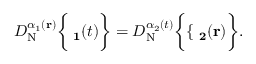
D _ { \mathrm { N } } ^ { \alpha _ { 1 } ( \bf r ) } \bigg \{ { { \bf \psi _ { 1 } } ( t ) \bigg \} } = D _ { \mathrm { N } } ^ { \alpha _ { 2 } ( t ) } \bigg \{ { \{ { \bf \psi _ { 2 } } ( \bf r ) \bigg \} } .